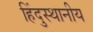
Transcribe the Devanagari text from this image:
हिंदुस्थानीय